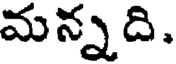
మన్నది.